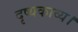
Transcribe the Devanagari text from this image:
दृष्यकाव्य।